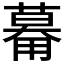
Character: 𱰠